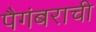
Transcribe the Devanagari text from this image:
पैगंबराची